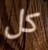
كل